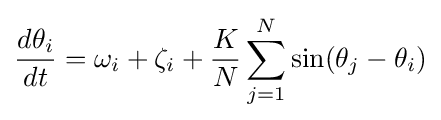
{\frac {d\theta _{i}}{dt}}=\omega _{i}+\zeta _{i}+{\dfrac {K}{N}}\sum _{j=1}^{N}\sin(\theta _{j}-\theta _{i})